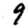
Digit: 9